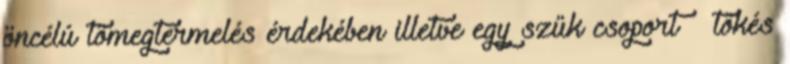
öncélú tömegtermelés érdekében illetve egy szűk csoport – tőkés